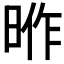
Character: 𭦎